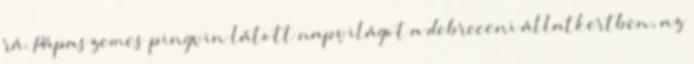
rá. Pápaszemes pingvin látott napvilágot a debreceni állatkertben, az